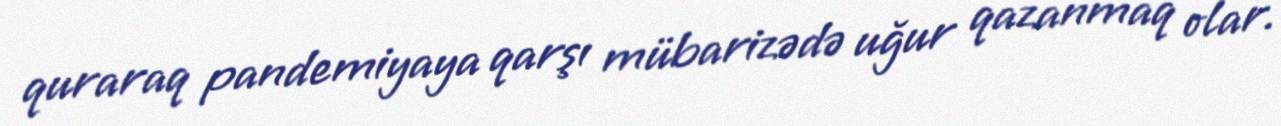
quraraq pandemiyaya qarşı mübarizədə uğur qazanmaq olar.